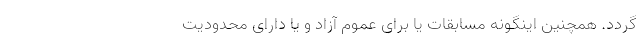
گردد. همچنین اینگونه مسابقات یا برای عموم آزاد و یا دارای محدودیت